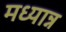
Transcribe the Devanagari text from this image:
मध्यान्न